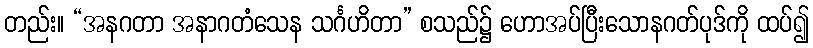
တည်း။ “အနဂတာ အနာဂတံသေန သင်္ဂဟိတာ” စသည်၌ ဟောအပ်ပြီးသောနဂတ်ပုဒ်ကို ထပ်၍